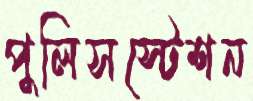
পুলিসস্টেশন